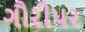
ગૌરીપર